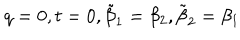
LaTeX: q = 0 , t = 0 , \tilde { \beta } _ { 1 } = \beta _ { 2 } , \tilde { \beta } _ { 2 } = \beta _ { 1 }